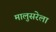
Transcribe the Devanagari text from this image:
मालुसरेला